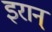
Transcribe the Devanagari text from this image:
इरान्